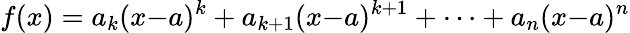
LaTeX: f(x)=a_{k}(x{-}a)^{k}+a_{k+1}(x{-}a)^{k+1}+\cdots+a_{n}(x{-}a)^{n}